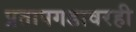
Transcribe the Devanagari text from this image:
प्रतापगडावरही